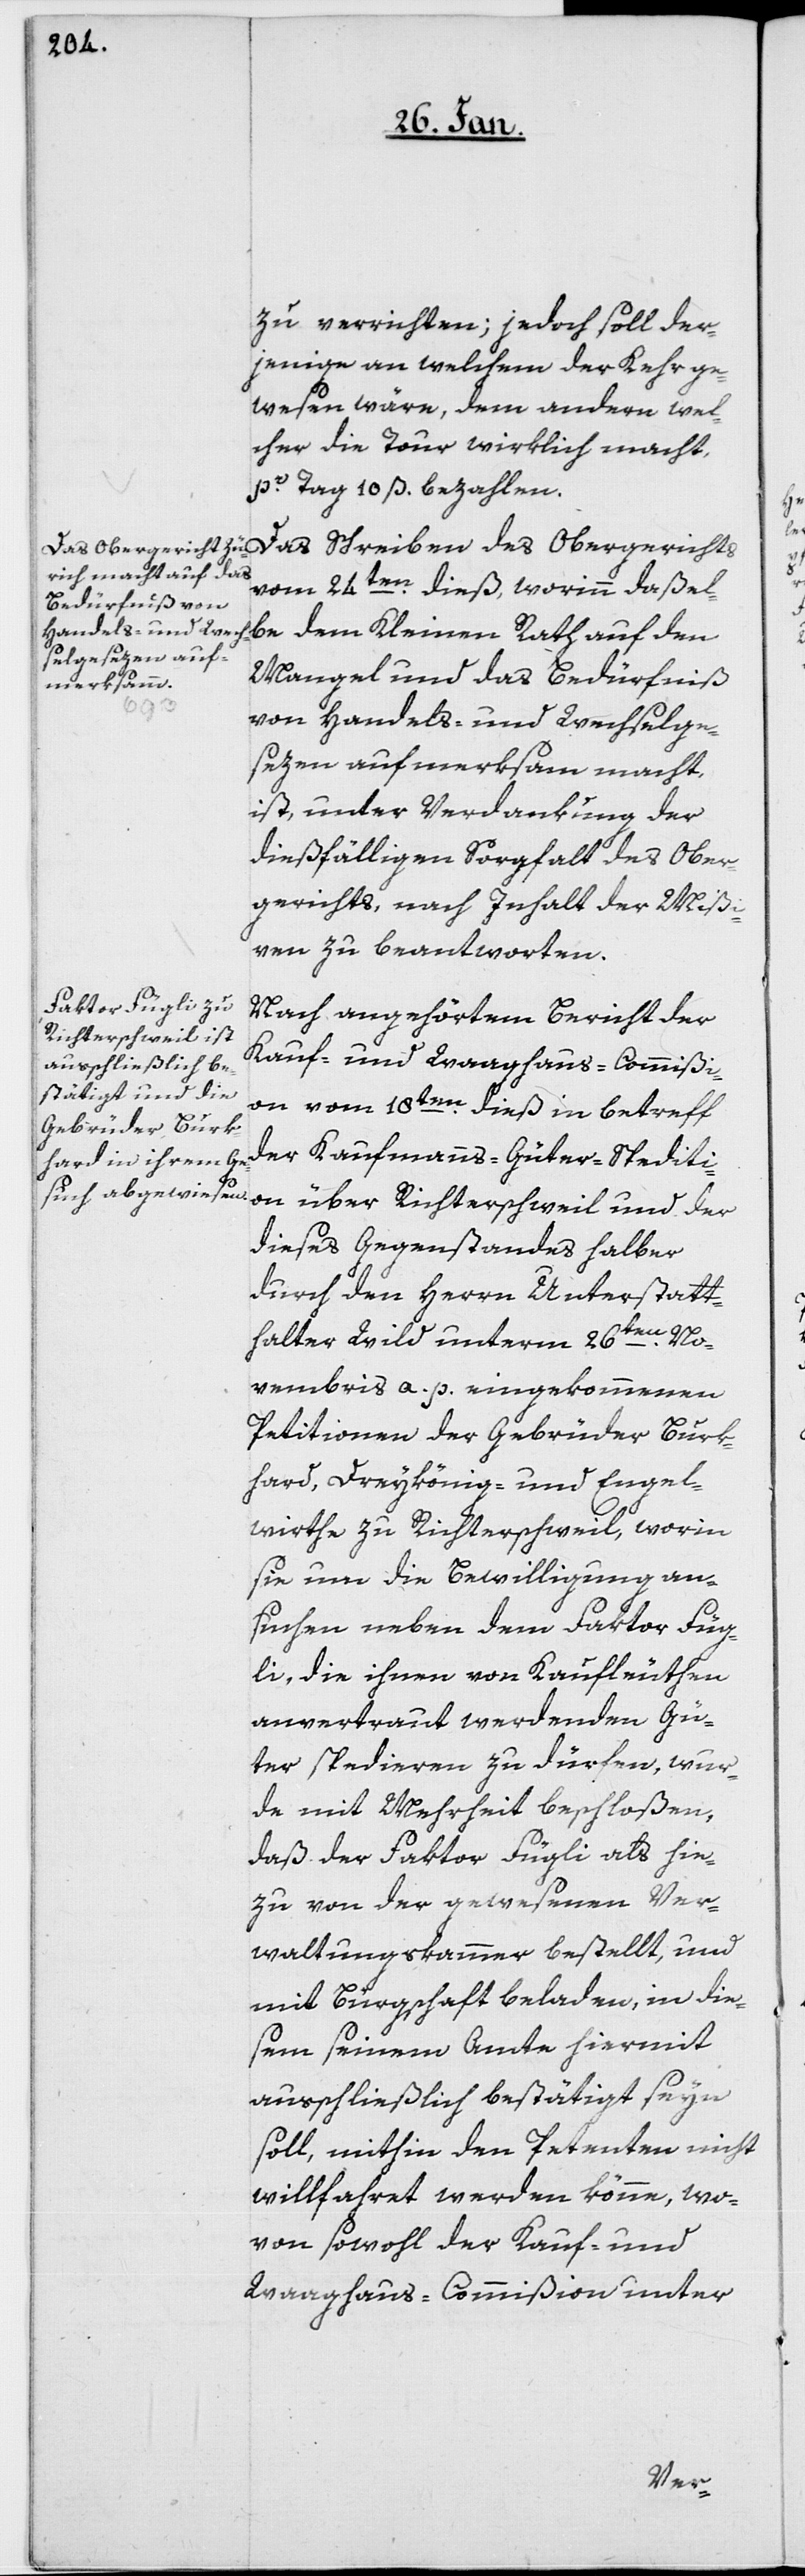
zu verrichten; jedoch soll der¬
jenige, an welchem der Kehr ge¬
wesen wäre, dem andern, wel¬
cher die Tour wirklich macht,
pr. Tag 10 ß. bezahlen.
Das Schreiben des Obergerichts
vom 24sten. dieß, worinn daßel¬
be dem Kleinen Rath auf den
Mangel und das Bedürfniß
von Handels- und Wechselge¬
sezen aufmerksam macht,
ist unter Verdankung der
dießfälligen Sorgfalt des Ober¬
gerichts, nach Inhalt der Mißi¬
ven zu beantworten.
Nach angehörtem Bericht der
Kauf- und Waaghaus-Commißi¬
on vom 18ten. dieß in betreff
der Kaufmanns-Güter-Spediti¬
on über Richterschweil und der
dieses Gegenstandes halber
durch den Herrn Unterstatt¬
halter Wild unterm 26sten. No¬
vembris a. p. eingekommenen
Petitionen der Gebrüder Burk¬
hard, Dreykönig- und Engel¬
wirthe zu Richterschweil, worin
sie um die Bewilligung an¬
suchen, neben dem Faktor Füg¬
li, die ihnen von Kaufleuthen
anvertraut werdenden Gü¬
ter spedieren zu dürfen, wur¬
de mit Mehrheit beschloßen,
daß der Faktor Fügli als hie¬
zu von der gewesenen Ver¬
waltungskammer bestellt, und
mit Bürgschaft beladen, in die¬
sem seinem Amte hiermit
ausschließlich bestätigt seyn
soll, mithin den Petenten nicht
willfahret werden könne, wo¬
von sowohl der Kauf- und
Waaghaus-Commißion unter